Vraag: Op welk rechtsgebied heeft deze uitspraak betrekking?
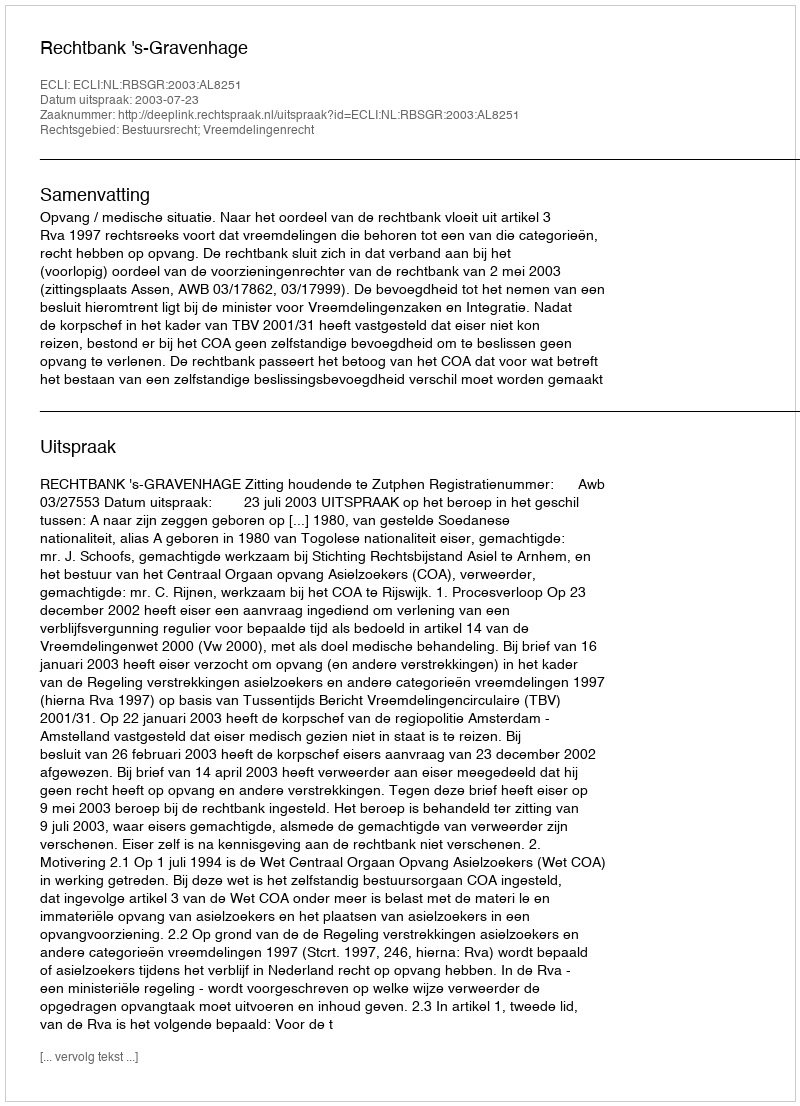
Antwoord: Bestuursrecht; Vreemdelingenrecht